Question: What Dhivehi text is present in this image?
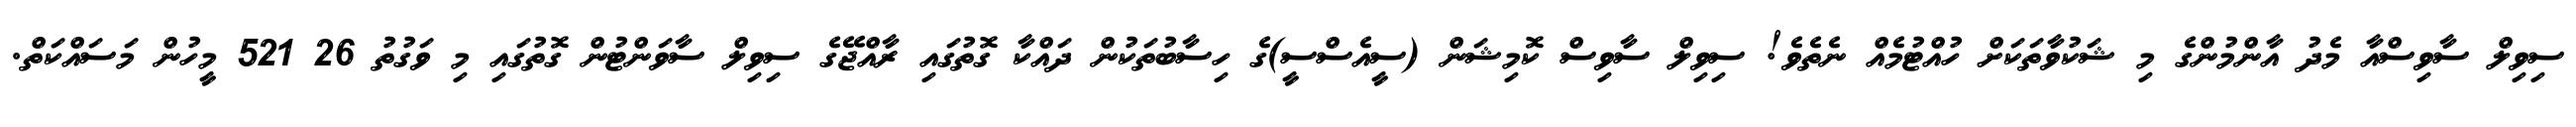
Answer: ސިވިލް ސާވިސްއާ މެދު އާންމުންގެ މި ޝަކުވާތަކަށް ހުއްޓުމެއް ނެތެވެ! ސިވިލް ސާވިސް ކޮމިޝަން (ސީއެސްސީ)ގެ ހިސާބުތަކުން ދައްކާ ގޮތުގައި ރާއްޖޭގެ ސިވިލް ސާވަންޓުން ގޮތުގައި މި ވަގުތު 26 521 މީހުން މަސައްކަތް.